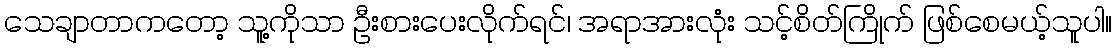
သေချာတာကတော့ သူ့ကိုသာ ဦးစားပေးလိုက်ရင်၊ အရာအားလုံး သင့်စိတ်ကြိုက် ဖြစ်စေမယ့်သူပါ။